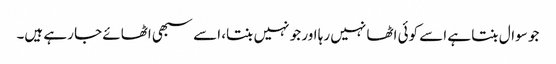
جو سوال بنتا ہے اسے کوئی اٹھا نہیں رہا اور جو نہیں بنتا، اسے سبھی اٹھائے جا رہے ہیں۔